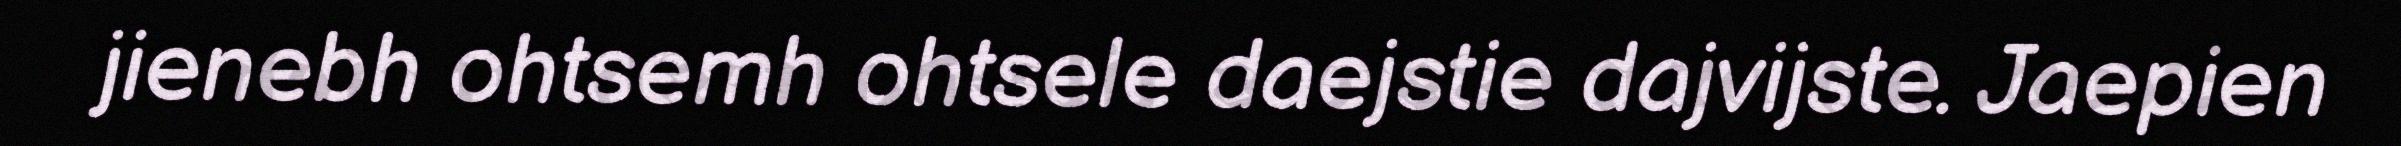
jienebh ohtsemh ohtsele daejstie dajvijste. Jaepien